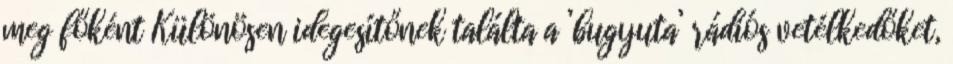
meg főként Különösen idegesítőnek találta a ’bugyuta’ rádiós vetélkedőket,